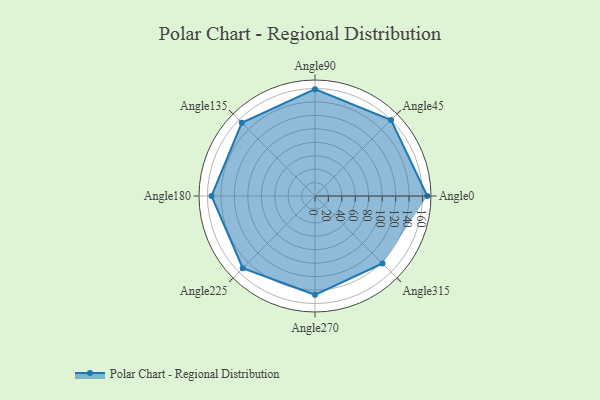
{"axis": {"x": "Angle", "y": "Radius"}, "legend": [""], "data": [{"x": "Angle0", "y": 167.0, "type": ""}, {"x": "Angle45", "y": 160.0, "type": ""}, {"x": "Angle90", "y": 159.0, "type": ""}, {"x": "Angle135", "y": 154.0, "type": ""}, {"x": "Angle180", "y": 154.0, "type": ""}, {"x": "Angle225", "y": 152.0, "type": ""}, {"x": "Angle270", "y": 147.0, "type": ""}, {"x": "Angle315", "y": 142.0, "type": ""}]}